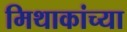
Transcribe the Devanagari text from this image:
मिथाकांच्या